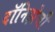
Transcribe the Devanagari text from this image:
दॉनिझेत्ती